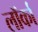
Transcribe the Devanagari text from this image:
लॉर्का